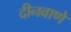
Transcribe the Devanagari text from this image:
दीनवाणे